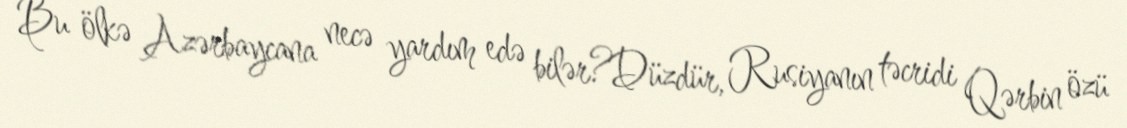
Bu ölkə Azərbaycana necə yardım edə bilər?Düzdür, Rusiyanın təcridi Qərbin özü